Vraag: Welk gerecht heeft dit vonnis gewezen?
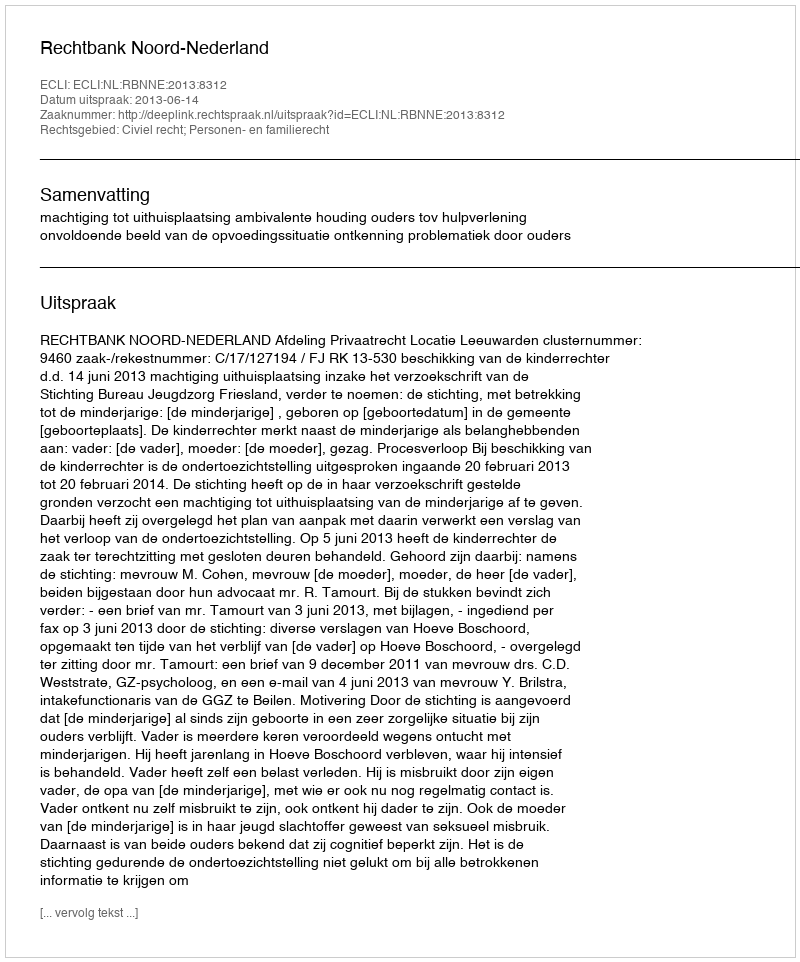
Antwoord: Rechtbank Noord-Nederland